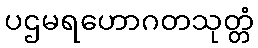
ပဌမရဟောဂတသုတ္တံ